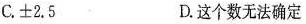
C.±2.5 D.这个数无法确定